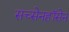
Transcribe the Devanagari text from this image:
सच्सेनहॉसेन